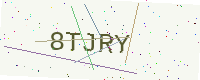
Text: 8TJRY